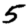
Digit: 5